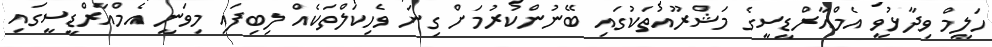
ހަލީމް ވިދާޅުވީ އެމްއާރްޑީސީގެ މަޝްރޫއުތަކުގައި ބޭނުންކުރުމަށް ގިނަ ވެހިކަލްތަކެއް ލިބިފައި މިވަނީ އެމްއާރްޑީސީގައި